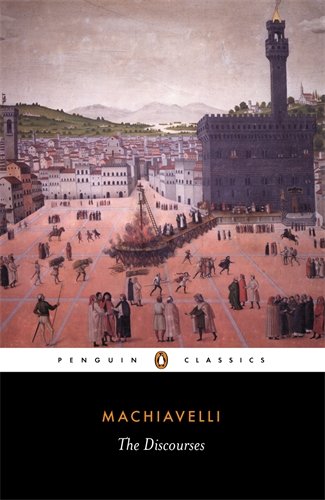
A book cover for Discourses; Niccolo Machiavelli; History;